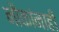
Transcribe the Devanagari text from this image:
नौकांनाही